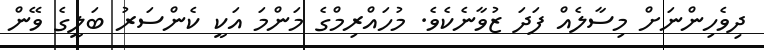
ދިވެހިންނަށް މިސާލެއް ފަދަ ޒުވާނެކެވެ. މުހައްރިމްގެ މަންމަ އަކީ ކެންސަރު ބަލީގެ ވޭން